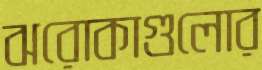
ঝরোকাগুলোর